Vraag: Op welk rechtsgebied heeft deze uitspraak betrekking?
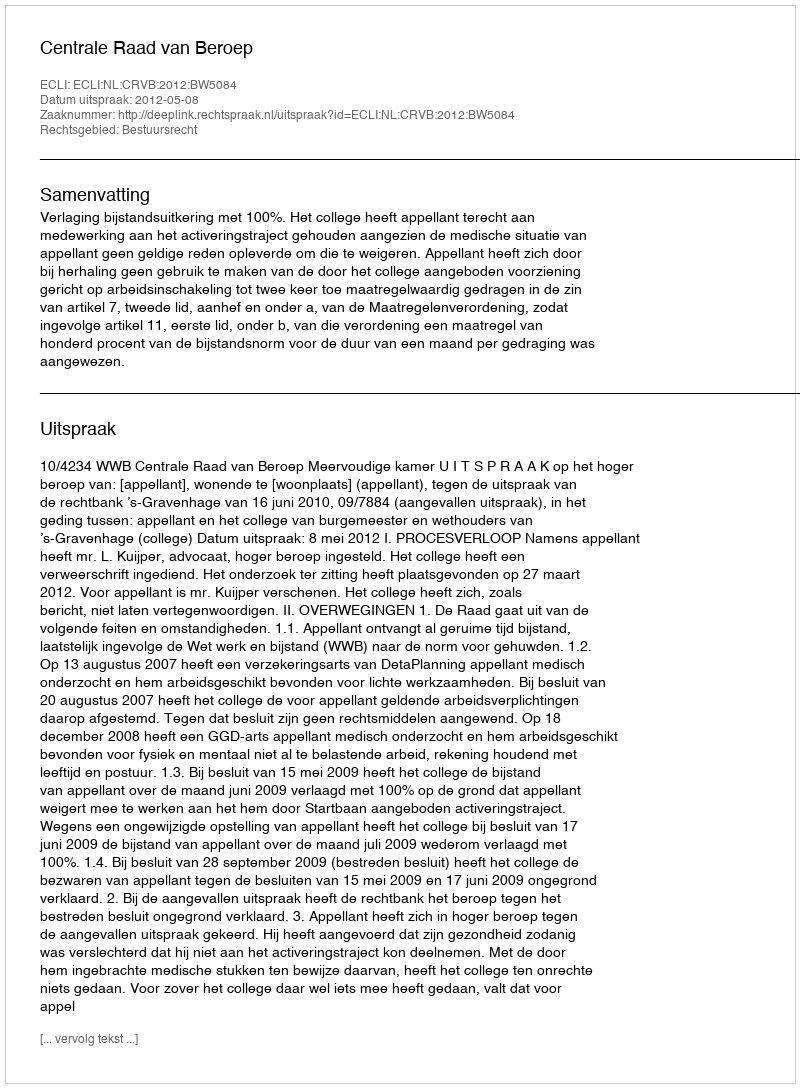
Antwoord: Bestuursrecht